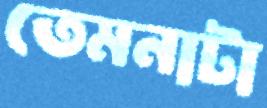
তেমনাটা